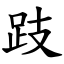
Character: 跂